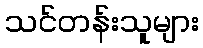
သင်တန်းသူများ